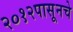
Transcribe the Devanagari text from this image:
२०१२पासूनचे